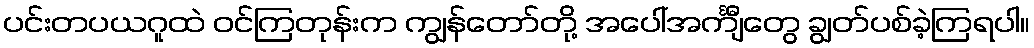
ပင်းတပယဂူထဲ ဝင်ကြတုန်းက ကျွန်တော်တို့ အပေါ်အင်္ကျီတွေ ချွတ်ပစ်ခဲ့ကြရပါ။